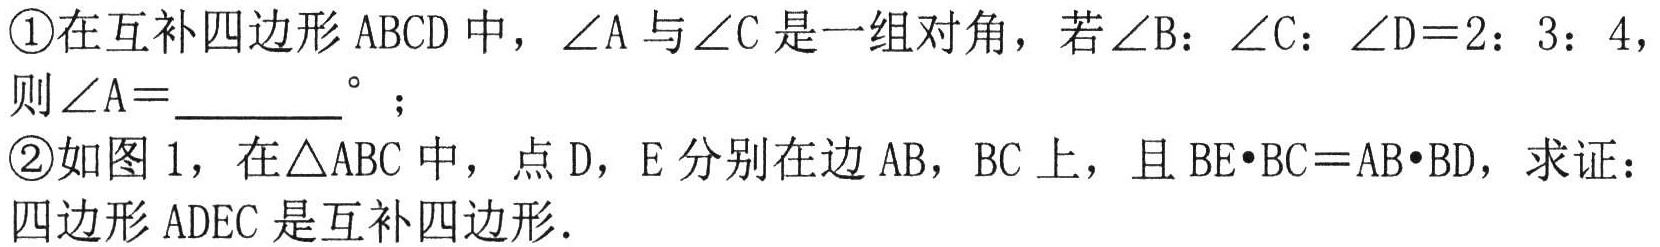
\textcircled{1}在互补四边形\(ABCD\)中，\(\angle A\)与\(\angle C\)是一组对角，若\(\angle B:\angle C:\angle D = 2:3:4\)，则\(\angle A=\_\_\_^{\circ}\)；
\textcircled{2}如图\(1\)，在\(\triangle ABC\)中，点\(D\)，\(E\)分别在边\(AB\)，\(BC\)上，且\(BE\cdot BC = AB\cdot BD\)，求证：四边形\(ADEC\)是互补四边形．